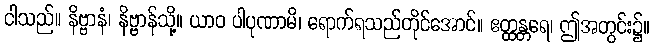
ငါသည်။ နိဗ္ဗာနံ၊ နိဗ္ဗာန်သို့။ ယာဝ ပါပုဏာမိ၊ ရောက်ရသည်တိုင်အောင်။ ဧတ္ထန္တရေ၊ ဤအတွင်း၌။